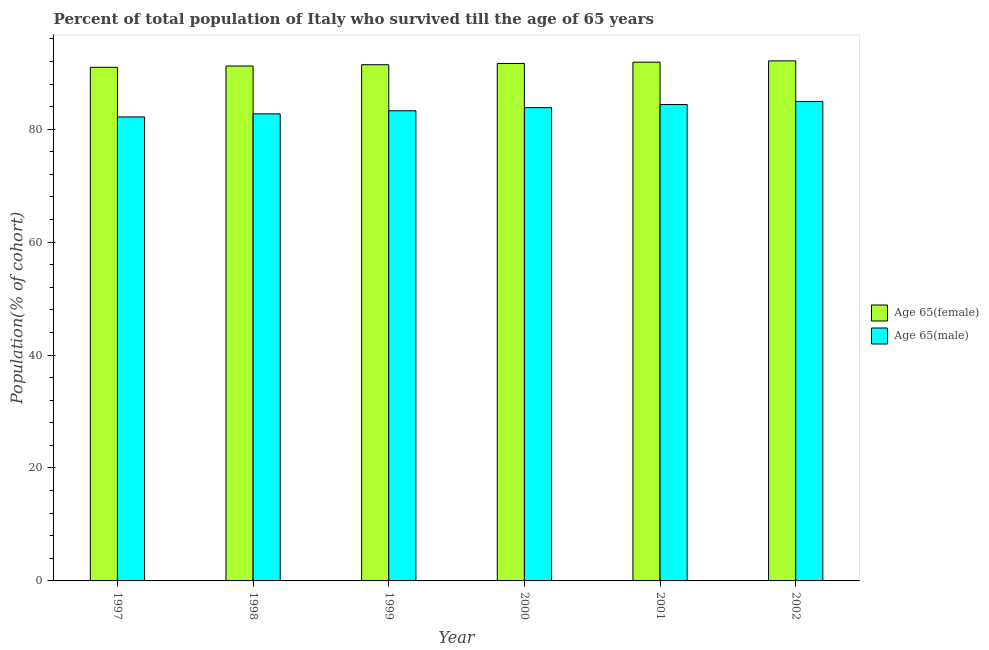
| Year | Age 65(female) | Age 65(male) |
 | --- | --- | --- |
 | 1997 | 91 | 82.2 |
 | 1998 | 91.2 | 82.7 |
 | 1999 | 91.4 | 83.3 |
 | 2000 | 91.6 | 83.8 |
 | 2001 | 91.9 | 84.4 |
 | 2002 | 92.1 | 84.9 |